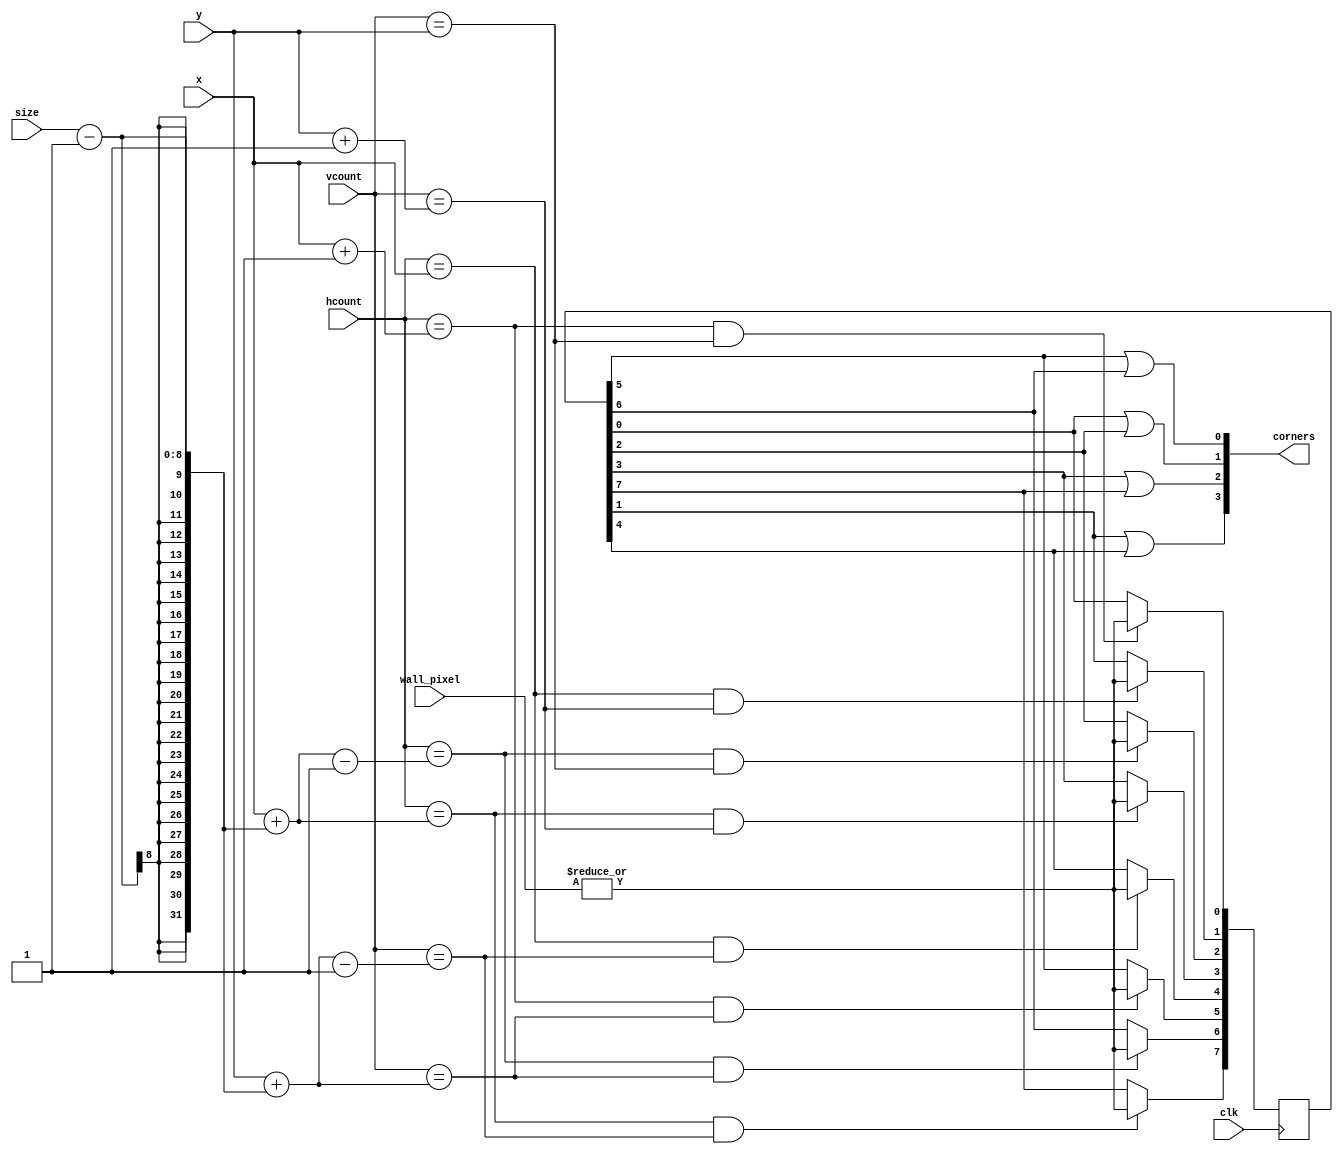
`timescale 1ns / 1ps
//////////////////////////////////////////////////////////////////////////////////
// Company: 
// Engineer: 
// 
// Design Name: 
// Module Name: corner_collisions
// Project Name: 
// Target Devices: 
// Tool Versions: 
// Description: 
// 
// Dependencies: 
// 
// Revision:
// Revision 0.01 - File Created
// Additional Comments:
// 
//////////////////////////////////////////////////////////////////////////////////


module corner_collisions(
    input clk,
    input [10:0] x,hcount,
    input [9:0] y,vcount,
    input [7:0] size,
    input [11:0] wall_pixel,
    output [3:0] corners
    );
    reg [7:0] sides;
    always @(posedge clk)begin
        if((hcount == (x+1) && vcount == y)) sides[0]<= (|wall_pixel);
        if((hcount == (x) && vcount == (y+1))) sides[1]<= (|wall_pixel);
        if((hcount == (x+(size-1)-1) && vcount == (y))) sides[2]<= (|wall_pixel);
        if((hcount == (x+(size-1)) && vcount == (y+1))) sides[3]<= (|wall_pixel);
        if((hcount == (x) && vcount == (y+(size-1)-1))) sides[4]<= (|wall_pixel);
        if((hcount == (x+1) && vcount == (y+(size-1)))) sides[5]<= (|wall_pixel);
        if((hcount == (x+(size-1)-1) && vcount == (y+(size-1)))) sides[6]<= (|wall_pixel);
        if((hcount == (x+(size-1)) && vcount == (y+(size-1)-1))) sides[7]<= (|wall_pixel);
    end
    assign corners[0]=sides[5]|sides[6];
    assign corners[1]=sides[0]|sides[2];
    assign corners[2]=sides[3]|sides[7];
    assign corners[3]=sides[1]|sides[4];
    
endmodule